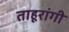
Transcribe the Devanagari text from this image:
ताहूरांगी